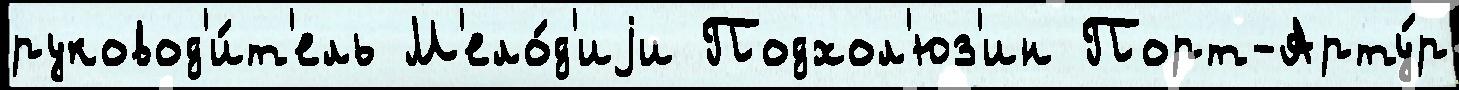
руковод'и́т'ель М'ело́д'иjи Подхол'юз'ин Порт-Арту́р